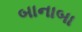
બાનાબા